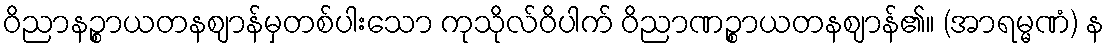
ဝိညာနဉ္စာယတနဈာန်မှတစ်ပါးသော ကုသိုလ်ဝိပါက် ဝိညာဏဉ္စာယတနဈာန်၏။ (အာရမ္မဏံ) န